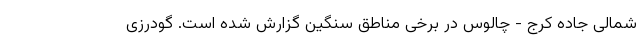
شمالی جاده کرج - چالوس در برخی مناطق سنگین گزارش شده است. گودرزی